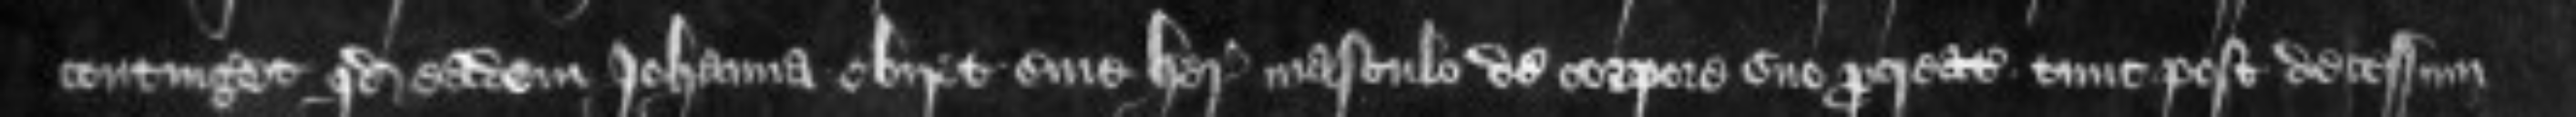
contingeret quod eadem Johanna obiret sine herede masculo de corpore suo procreato tunc post decessum